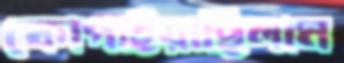
কোপাইয়াছিলাম